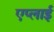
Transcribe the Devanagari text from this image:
एप्लाई